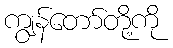
ကျွန်တော်တို့ကို